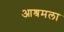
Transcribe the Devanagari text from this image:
आश्रमला